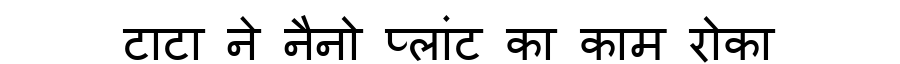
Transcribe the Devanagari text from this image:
टाटा ने नैनो प्लांट का काम रोका